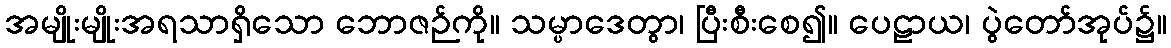
အမျိုးမျိုးအရသာရှိသော ဘောဇဉ်ကို။ သမ္ပာဒေတွာ၊ ပြီးစီးစေ၍။ ပေဠာယ၊ ပွဲတော်အုပ်၌။